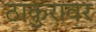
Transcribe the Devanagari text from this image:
ठाकुरावर